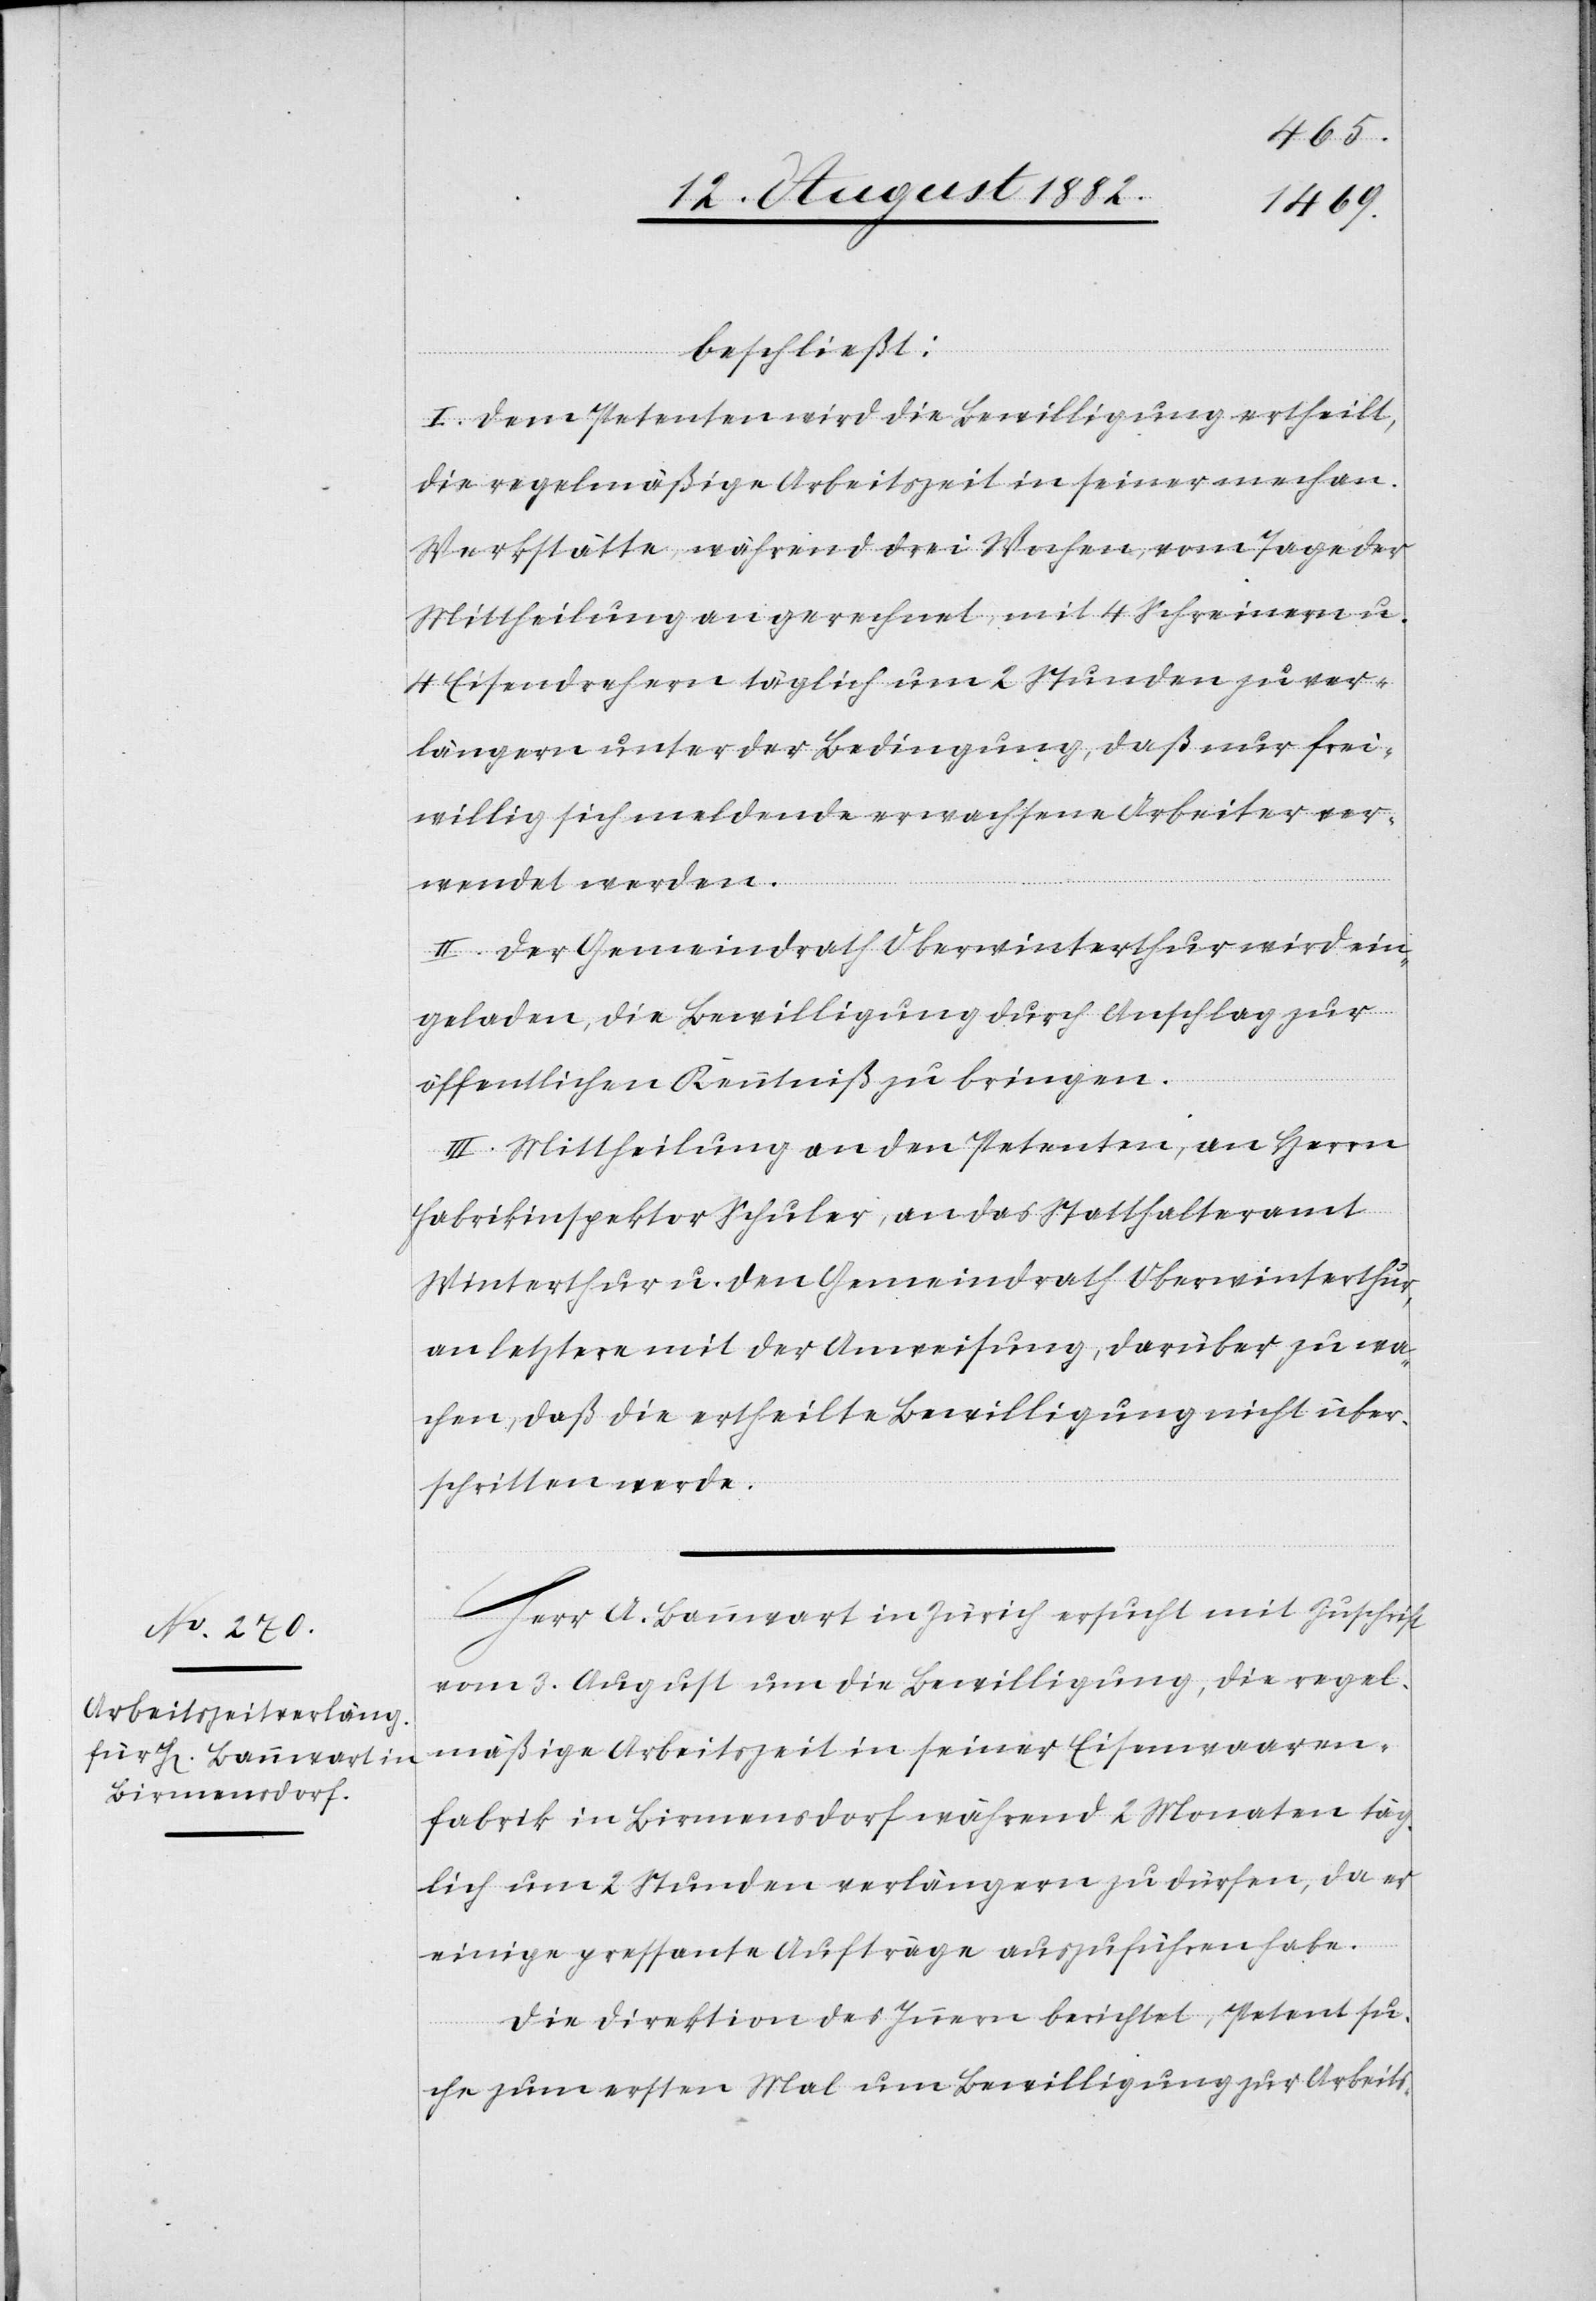
beschließt:
I. Dem Petenten wird die Bewilligung ertheilt,
die regelmäßige Arbeitszeit in seiner mechan.
Werkstätte, während drei Wochen, vom Tage der
Mittheilung an gerechnet, mit 4 Schreinern u.
4 Eisendrehern täglich um 2 Stunden zu ver¬
längern unter der Bedingung, daß nur frei¬
willig sich meldende erwachsene Arbeiter ver¬
wendet werden.
II. Der Gemeindrath Oberwinterthur wird ein¬
geladen, die Bewilligung durch Anschlag zur
öffentlichen Kenntniß zu bringen.
III. Mittheilung an den Petenten, an Herrn
Fabrikinspektor Schuler, an das Statthalteramt
Winterthur u. den Gemeindrath Oberwinterthur,
an letztere mit der Anweisung, darüber zu wa¬
chen, daß die ertheilte Bewilligung nicht über¬
schritten werde.
Herr A. Bannwart in Zürich ersucht mit Zuschrift
vom 3. August um die Bewilligung, die regel¬
mäßige Arbeitszeit in seiner Eisenwaaren¬
fabrik in Birmensdorf während 2 Monaten täg¬
lich um 2 Stunden verlängern zu dürfen, da er
einige pressante Aufträge auszuführen habe.
Die Direktion des Innern berichtet, Petent su¬
che zum ersten Mal um Bewilligung zur Arbeits-